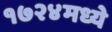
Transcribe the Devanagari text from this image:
१७२४मध्ये